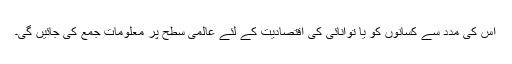
اس کی مدد سے کسانوں کو يا توانائی کی اقتصاديت کے لئے عالمی سطح پر معلومات جمع کی جائيں گی۔